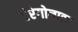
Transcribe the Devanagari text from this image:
एंरेगोनाइट